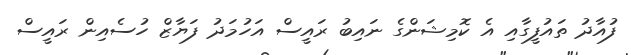
ފުއާދު ތައުފީގާއި އެ ކޮމިޝަންގެ ނައިބު ރައީސް އަހުމަދު ފަޔާޒް ހުސެއިން ރައީސް